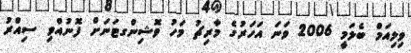
ވިލިއަމް ބެލަމީ 2006 ވަނަ އަހަރުގެ މާރިޗު މަހު ވޮޝިންގޓަނަށް ފޮނުއްވި ސިއްރު